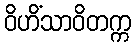
ဝိဟိံသာဝိတက္က